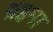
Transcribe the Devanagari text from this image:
य़इमा